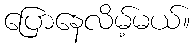
ပြောနေလိမ့်မယ်။